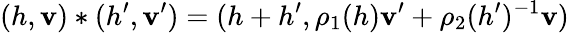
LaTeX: (h,\mathbf{v})\ast(h^{\prime},\mathbf{v}^{\prime})=(h+h^{\prime},\rho_{1}(h)\mathbf{v}^{\prime}+\rho_{2}(h^{\prime})^{-1}\mathbf{v})